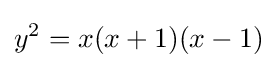
y^{2}=x(x+1)(x-1)